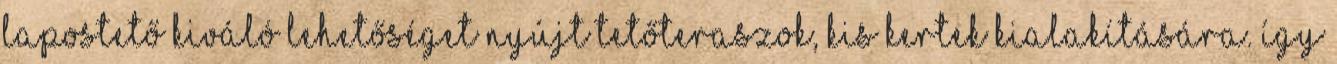
lapostető kiváló lehetőséget nyújt tetőteraszok, kis kertek kialakítására. Így